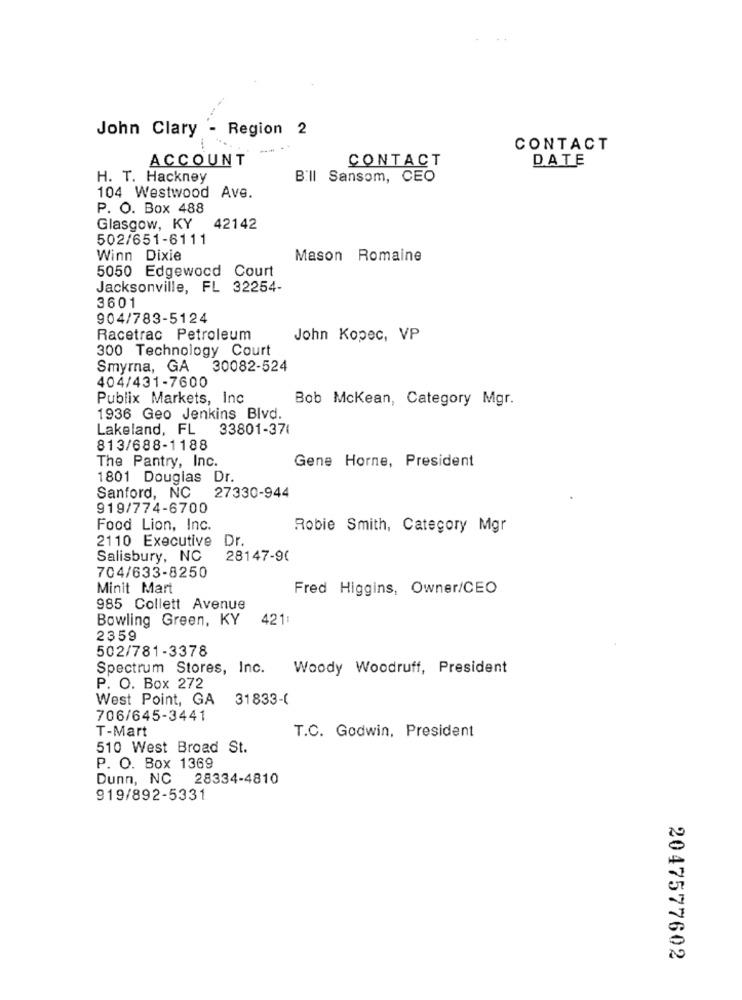
John Clary - Region 2
CONTACT
ACCOUNT
CONTACT
DATE
H. T. Hackney
Bill Sansom, CEO
104 Westwood Ave.
P. O. Box 488
Glasgow, KY
42142
502/651-6111
Winn Dixie
Mason Romaine
5050 Edgewood Court
Jacksonville, FL 32254-
3601
904/783-5124
Racetrac Petroleum
John Kopec, VP
300 Technology Court
Smyrna, GA
30082-524
404/431-7600
Publix Markets, Inc
Bob Mckean, Category Mgr.
1936 Geo Jenkins Blvd.
Lakeland, FL
33801-371
813/688-1188
The Pantry, Inc.
Gene Horne, President
1801 Douglas Dr.
Sanford, NC
27330-944
919/774-6700
Food Lion, Inc.
Robie Smith, Category Mgr
2110 Executive
Dr.
Salisbury, NC
28147-90
704/633-8250
Minit Mart
Fred Higgins, Owner/CEO
985 Collett Avenue
Bowling Green, KY
421:
2359
502/781-3378
Spectrum Stores, Inc.
Woody Woodruff, President
P. O. Box 272
West Point, GA
31833-(
706/645-3441
T-Mart
T.C. Godwin, President
510 West Broad St.
P. O. Box 1369
Dunn, NC 28334-4810
919/892-5331
2047577602